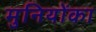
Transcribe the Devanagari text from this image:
मुनियोंका